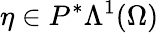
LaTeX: \eta\in P^{\ast}\Lambda^{1}(\Omega)